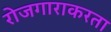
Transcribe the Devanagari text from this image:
रोजगाराकरता